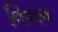
વિશષ